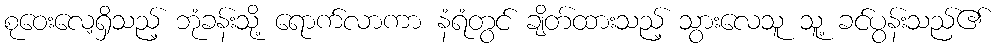
စုဝေးလေ့ရှိသည့် ဘုံခန်းသို့ ရောက်လာကာ နံရံတွင် ချိတ်ထားသည့် သွားလေသူ သူ့ ခင်ပွန်းသည်၏